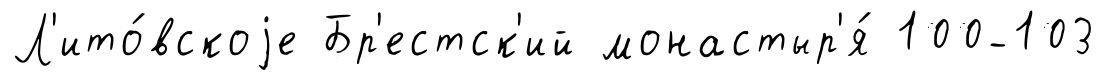
Л'ито́вскоjе Бр'естск'ий монастыр'я́ 100-103